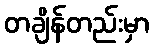
တချိန်တည်းမှာ